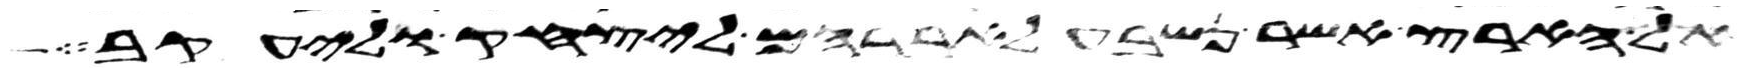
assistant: אל הארץ אשר נשבע לאברהם ליצחק וליעקב